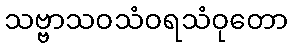
သဗ္ဗာသဝသံဝရသံဝုတော